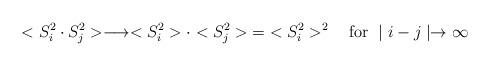
LaTeX: \begin{align*}<S_i^2 \cdot S^2_j> \longrightarrow <S^2_i>\cdot <S_j^2>\; =\;<S_i^2>^2\quad \mbox{for } \mid i-j\mid \rightarrow \infty\end{align*}